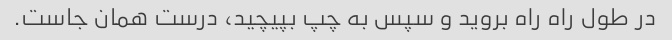
در طول راه راه بروید و سپس به چپ بپیچید، درست همان جاست.